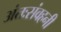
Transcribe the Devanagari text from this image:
अंतःसंवहनी